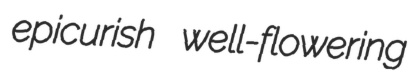
epicurish well-flowering